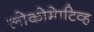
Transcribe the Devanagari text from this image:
लोकोमेाटिव्ह